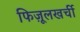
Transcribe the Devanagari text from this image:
फिज़ूलखर्ची